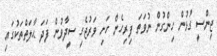
ޖިންސީ ގުޅުން ހިންގުން ނުވަތަ ފިރިހެން ހަށި ވަރުޖެހި ސީދާވުން ފަދަ ޙާލަތްތަކުގައި